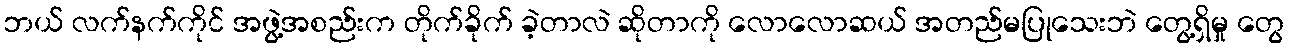
ဘယ် လက်နက်ကိုင် အဖွဲ့အစည်းက တိုက်ခိုက် ခဲ့တာလဲ ဆိုတာကို လောလောဆယ် အတည်မပြုသေးဘဲ တွေ့ရှိမှု တွေ